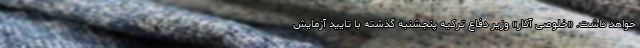
خواهد داشت. «خلوصی آکار» وزیر دفاع ترکیه پنجشنبه گذشته با تایید آزمایش